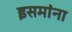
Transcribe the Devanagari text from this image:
इसमांना